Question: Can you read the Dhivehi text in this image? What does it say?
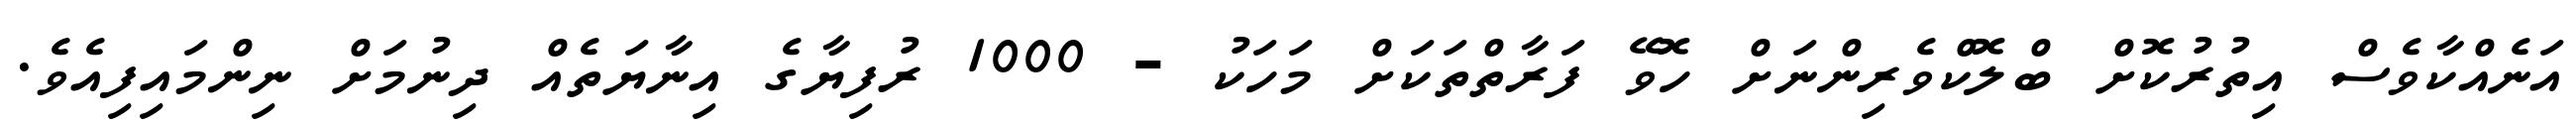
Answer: އަނެއްކާވެސް އިތުރުކޮށް ބްލޮކްވެރިންނަށް ހޮވޭ ފަރާތްތަކަށް މަހަކު - 1000 ރުފިޔާގެ އިނާޔަތެއް ދިނުމަށް ނިންމައިފިއެވެ.